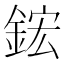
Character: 鋐